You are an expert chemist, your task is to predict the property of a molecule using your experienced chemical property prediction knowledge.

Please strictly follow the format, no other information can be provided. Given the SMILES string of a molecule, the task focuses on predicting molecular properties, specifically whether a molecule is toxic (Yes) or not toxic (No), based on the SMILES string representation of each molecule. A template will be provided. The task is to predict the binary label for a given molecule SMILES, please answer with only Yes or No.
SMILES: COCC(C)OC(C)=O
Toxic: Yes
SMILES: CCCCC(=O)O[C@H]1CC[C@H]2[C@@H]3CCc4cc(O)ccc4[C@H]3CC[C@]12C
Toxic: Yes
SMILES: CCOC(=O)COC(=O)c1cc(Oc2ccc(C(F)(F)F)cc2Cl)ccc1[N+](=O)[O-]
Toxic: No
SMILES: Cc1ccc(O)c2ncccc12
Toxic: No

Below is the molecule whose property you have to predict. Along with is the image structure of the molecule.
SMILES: O=C(COc1ccc(Cl)cc1)N1CCN(Cc2ccc3c(c2)OCO3)CC1
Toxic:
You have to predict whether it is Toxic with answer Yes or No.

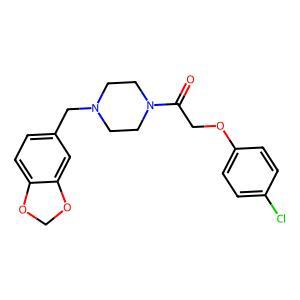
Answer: No